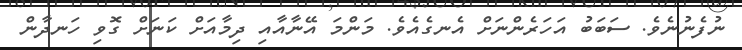
ނުފެނުނެވެ. ސަބަބު އަހަރެންނަށް އެނގެއެވެ. މަންމަ އޭނާއާއި ދިމާއަށް ކަނަށް ގޮވި ހަނދާން